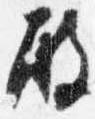
殿